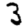
Digit: 3